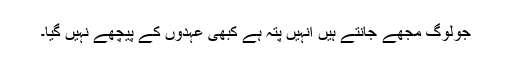
جولوگ مجھے جانتے ہیں انہیں پتہ ہے کبھی عہدوں کے پیچھے نہیں گیا۔